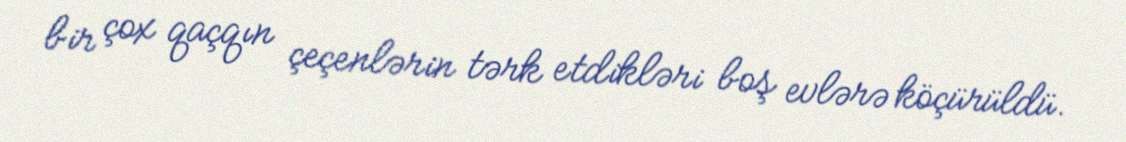
bir çox qaçqın çeçenlərin tərk etdikləri boş evlərə köçürüldü.